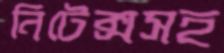
নিটেক্সসহ